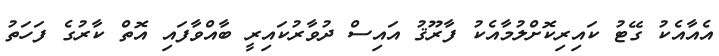
އެއާއެކު ގޭޓު ކައިރިކޮށްލުމާއެކު ފާރޫޤު އައިސް ދުވާރުކައިރީ ބާއްވާފައި އޮތް ކާރުގެ ފަހަތު